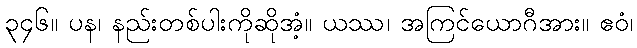
၃၄၆။ ပန၊ နည်းတစ်ပါးကိုဆိုအံ့။ ယဿ၊ အကြင်ယောဂီအား။ ဧဝံ၊